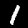
Label: 1